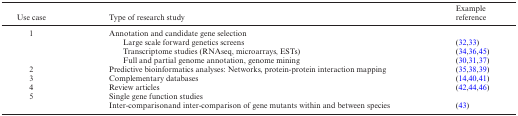
<table><thead><tr><td><b>Use case</b></td><td><b>Type of research study</b></td><td><b>Example reference</b></td></tr></thead><tbody><tr><td>1</td><td>Annotation and candidate gene selection</td><td></td></tr><tr><td></td><td>Large scale forward genetics screens</td><td>(32,33)</td></tr><tr><td></td><td>Transcriptome studies (RNAseq, microarrays, ESTs)</td><td>(34,36,45)</td></tr><tr><td></td><td>Full and partial genome annotation, genome mining</td><td>(30,31,37)</td></tr><tr><td>2</td><td>Predictive bioinformatics analyses: Networks, protein-protein interaction mapping</td><td>(35,38,39)</td></tr><tr><td>3</td><td>Complementary databases</td><td>(14,40,41)</td></tr><tr><td>4</td><td>Review articles</td><td>(42,44,46)</td></tr><tr><td>5</td><td>Single gene function studies</td><td></td></tr><tr><td></td><td>Inter-comparisonand inter-comparison of gene mutants within and between species</td><td>(43)</td></tr></tbody></table>